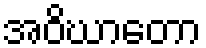
အဝိဃာတော